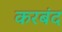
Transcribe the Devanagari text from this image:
करबंद